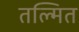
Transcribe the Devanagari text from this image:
तल्मित